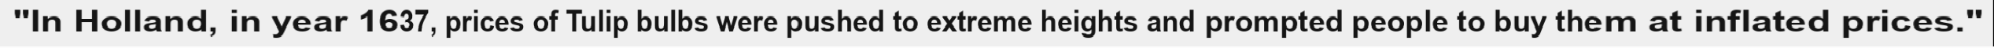
"In Holland, in year 1637, prices of Tulip bulbs were pushed to extreme heights and prompted people to buy them at inflated prices."